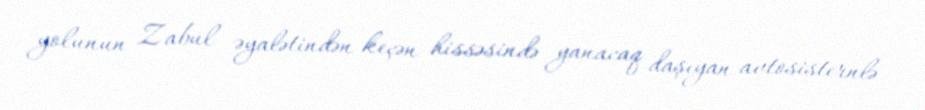
yolunun Zabul əyalətindən keçən hissəsində yanacaq daşıyan avtosisternlə